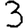
Digit: 3